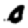
Digit: 0